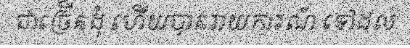
ជាច្រើនដុំ ហើយបានរាយការណ៍ ទៅដល់